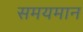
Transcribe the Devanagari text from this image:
समयमान